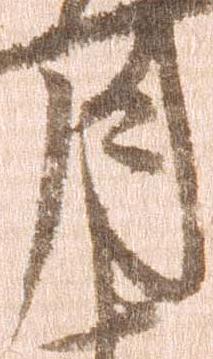
月